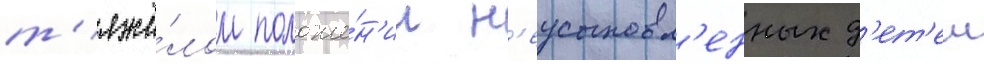
т'яжё́лом положе́н'ии н'еусыновл'енных д'ет'еи